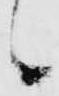
候